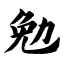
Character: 勉